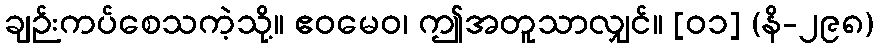
ချဉ်းကပ်စေသကဲ့သို့။ ဧဝမေဝ၊ ဤအတူသာလျှင်။ [၀၁] (နိ-၂၉၈)